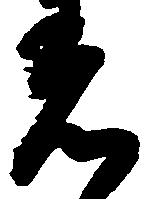
着